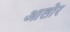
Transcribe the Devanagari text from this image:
आलोर